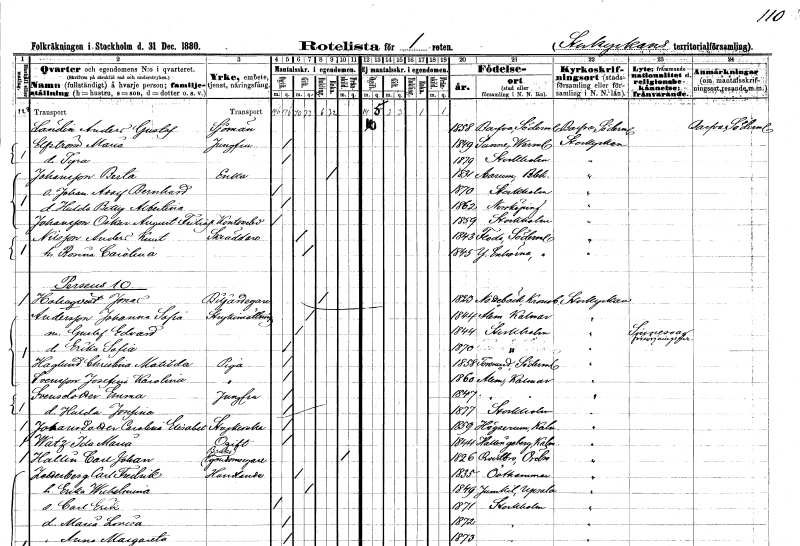
gt_parse: households: individuals: FN: Anders Gustaf
EN: Ländin
YRKE: Sjöman
KON: M
CIV: O
FODAR: 1858
FODFORS: Barva Södermanlands län
FN: Maria
EN: Elfström
YRKE: Jungfru
KON: K
CIV: O
FODAR: 1849
FODFORS: Sunne Värmlands län
FN: Tyra
KON: K
CIV: O
FODAR: 1879
FODFORS: Stockholm
FN: Berta
EN: Johansson
YRKE: Änka
KON: K
CIV: E
FODAR: 1831
FODFORS: Asarum Blekinge län
FN: Johan Adolf Bernhard
KON: M
CIV: O
FODAR: 1870
FODFORS: Stockholm
FN: Hulda Betty Albertina
KON: K
CIV: O
FODAR: 1862
FODFORS: Norrköping Östergötlands län
FN: Oskar August Fritiof
EN: Johansson
YRKE: Kontorselev
KON: M
CIV: O
FODAR: 1859
FODFORS: Stockholm
FN: Anders Knut
EN: Nilsson
YRKE: Skräddare
KON: M
CIV: G
FODAR: 1843
FODFORS: Floda Södermanlands län
FN: Rosina Carolina
KON: K
CIV: G
FODAR: 1845
FODFORS: Ytterenhörna Stockholms län
FN: Jonas
EN: Holmqvist
YRKE: Biljardägare
KON: M
CIV: E
FODAR: 1823
FODFORS: Nottebäck Kronobergs län
FN: Johanna Sofia
EN: Andersson
YRKE: Strykinrättning
KON: K
CIV: G
FODAR: 1844
FODFORS: Ålem Kalmar län
FN: Gustaf Edvard
KON: M
CIV: G
FODAR: 1844
FODFORS: Stockholm
FN: Erika Sofia
KON: K
CIV: O
FODAR: 1870
FODFORS: Stockholm
FN: Christina Matilda
EN: Haglund
YRKE: Piga
KON: K
CIV: O
FODAR: 1858
FODFORS: Toresund Södermanlands län
FN: Josefina Karolina
EN: Svensson
YRKE: Piga
KON: K
CIV: O
FODAR: 1860
FODFORS: Ålem Kalmar län
FN: Emma
EN: Svensdotter
YRKE: Jungfru
KON: K
CIV: O
FODAR: 1847
FODFORS: Ålem Kalmar län
FN: Hulda Josefina
KON: K
CIV: O
FODAR: 1877
FODFORS: Stockholm
FN: Carolina Elisabet
EN: Johansdotter
YRKE: Strykerska
KON: K
CIV: O
FODAR: 1859
FODFORS: Högsrum Kalmar län
FN: Ida Maria
EN: Watz
KON: K
CIV: O
FODAR: 1844
FODFORS: Hallingeberg Kalmar län
FN: Carl Johan
EN: Hallin
YRKE: Bruksegendomsägare
KON: M
CIV: X
FODAR: 1826
FODFORS: Kvistbro Örebro län
FN: Carl Fredrik
EN: Zetterberg
YRKE: Handlande
KON: M
CIV: G
FODAR: 1835
FODFORS: Östhammar Uppsala län
FN: Erika Wilhelmina
KON: K
CIV: G
FODAR: 1849
FODFORS: Jumkil Uppsala län
FN: Carl Erik
KON: M
CIV: O
FODAR: 1871
FODFORS: Stockholm